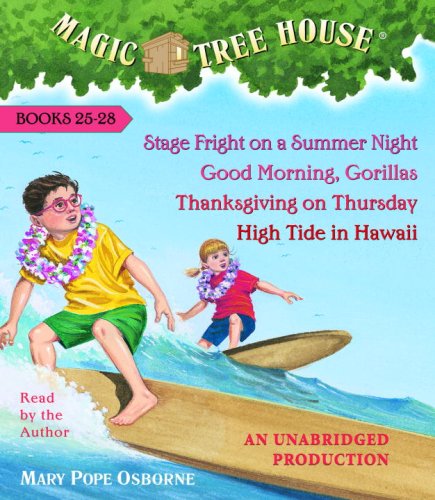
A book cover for Magic Tree House Collection Volume 7: Books 25-28: #25 Stage Fright on a Summer Night; #26 Good Morning, Gorillas; #27 Thanksgiving on Thursday; #28 High Tide in Hawaii; Mary Pope Osborne; Children's Books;